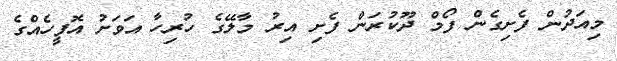
މިއަދުން ފެށިގެން ފޯމް ދޫކުރަން ފެށި އިރު މާލޭގެ ހުރިހާ އަވަށު އޮފީހެއްގެ